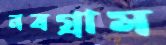
নবগ্রাম